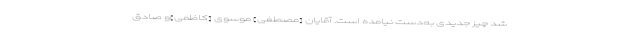
شد چیز جدیدى به‌دست نیامده است. آقایان [مصطفی] موسوى [کاظمی]و صادق